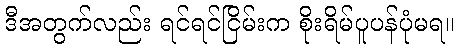
ဒီအတွက်လည်း ရင်ရင်ငြိမ်းက စိုးရိမ်ပူပန်ပုံမရ။